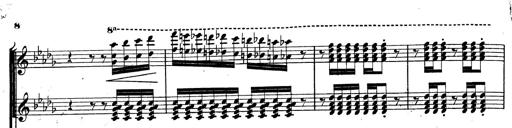
Title: BÃ©nÃ©diction et serment
Composer: Franz Liszt